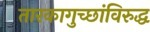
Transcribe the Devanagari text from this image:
तारकागुच्छांविरुद्ध